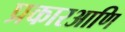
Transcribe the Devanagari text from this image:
प्रकारआणि